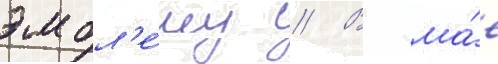
эмбл'е́му // В ма́е